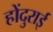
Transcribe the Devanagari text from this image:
होंदुराई